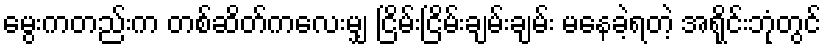
မွေးကတည်းက တစ်ဆိတ်ကလေးမျှ ငြိမ်းငြိမ်းချမ်းချမ်း မနေခဲ့ရတဲ့ အရိုင်းဘုံတွင်